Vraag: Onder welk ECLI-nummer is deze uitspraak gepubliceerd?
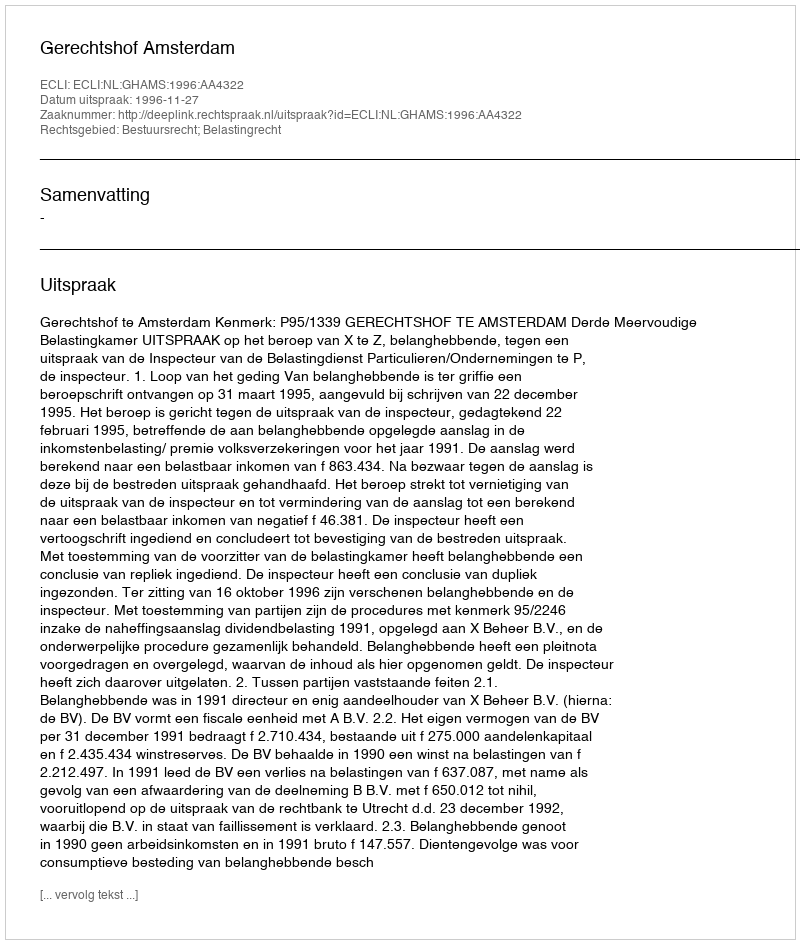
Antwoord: ECLI:NL:GHAMS:1996:AA4322